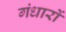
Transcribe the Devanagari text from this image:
गंधारों